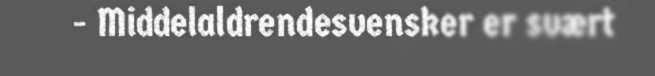
- Middelaldrendesvensker er svært